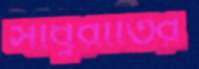
সাধুরীতির